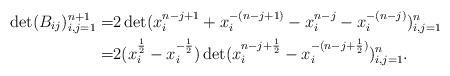
LaTeX: \begin{align*}\det(B_{ij})^{n+1}_{i,j=1}=&2\det(x^{n-j+1}_i+x^{-(n-j+1)}_i-x^{n-j}_i-x^{-(n-j)}_i)^{n}_{i,j=1}\\=&2(x^{\frac{1}{2}}_i-x^{-\frac{1}{2}}_i)\det(x^{n-j+\frac{1}{2}}_i-x^{-(n-j+\frac{1}{2})}_i)^{n}_{i,j=1}.\end{align*}